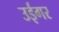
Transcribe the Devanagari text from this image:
उईगर